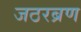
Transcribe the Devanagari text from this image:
जठरब्रण